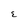
Character: E